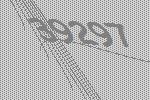
39297